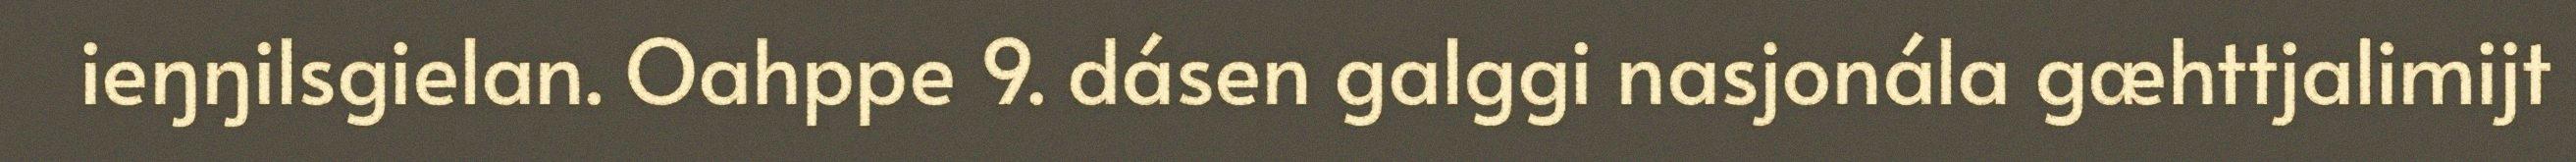
ieŋŋilsgielan. Oahppe 9. dásen galggi nasjonála gæhttjalimijt